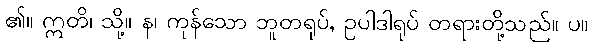
၏။ ဣတိ၊ သို့။ န၊ ကုန်သော ဘူတရုပ်, ဥပါဒါရုပ် တရားတို့သည်။ ပ။